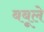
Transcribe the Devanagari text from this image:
बबूले